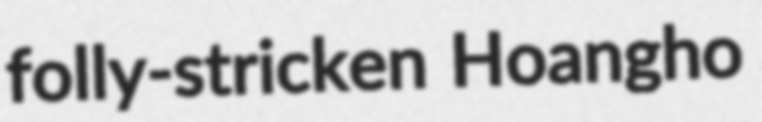
folly-stricken Hoangho